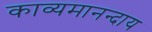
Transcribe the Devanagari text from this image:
काव्यमानन्दाय